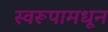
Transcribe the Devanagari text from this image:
स्वरूपामधून